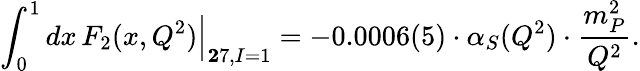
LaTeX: \int_{0}^{1}dx\, F_{2}(x,Q^{2})\Big|_{{\mathbf 27},I=1}=-0.0006(5)\cdot\alpha_{S}(Q^{2})\cdot\frac{m_{P}^{2}}{Q^{2}}.